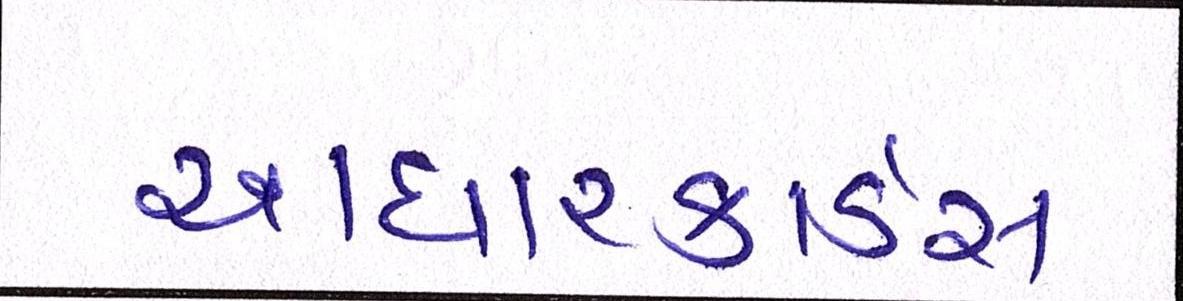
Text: આધારકાર્ડ્સ